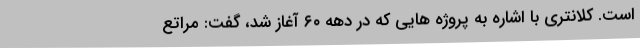
است. کلانتری با اشاره به پروژه هایی که در دهه ۶۰ آغاز شد، گفت: مراتع